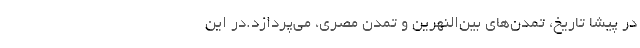
در پیشا تاریخ، تمدن‌های بین‌النهرین و تمدن مصری، می‌پردازد.در این